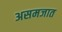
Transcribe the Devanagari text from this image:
असमजात